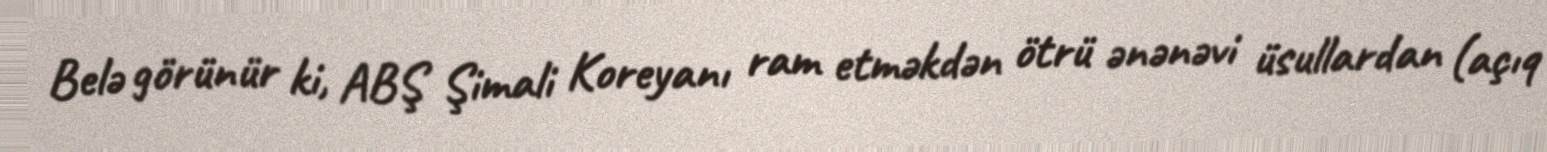
Belə görünür ki, ABŞ Şimali Koreyanı ram etməkdən ötrü ənənəvi üsullardan (açıq